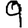
Digit: 9